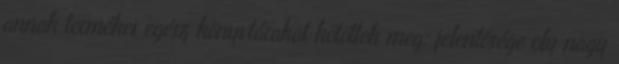
annak termékei egész könyvtárakat kötöttek meg; jelentősége oly nagy